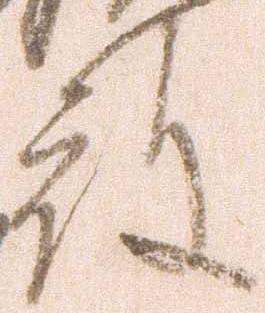
殿